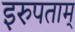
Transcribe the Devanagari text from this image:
इरुपताम्